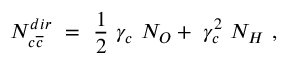
N _ { c \overline { { { c } } } } ^ { d i r } ~ = ~ \frac { 1 } { 2 } ~ \gamma _ { c } ~ N _ { O } + ~ \gamma _ { c } ^ { 2 } ~ N _ { H } ~ ,